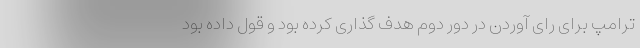
ترامپ برای رای آوردن در دور دوم هدف گذاری کرده بود و قول داده بود